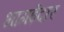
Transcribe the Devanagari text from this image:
भागईदार